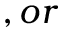
, o r